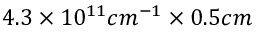
4 . 3 \times 1 0 ^ { 1 1 } c m ^ { - 1 } \times 0 . 5 c m